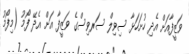
ވަޒީފާއަށް އެދި ހުށަހަޅާ ސިވިލް ސަރވިސްގެ ވަޒީފާ އަށް އެދޭ ފޯމު (މިފޯމު